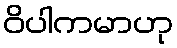
ဝိပါကမာဟု